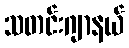
သတင်းဂျာနယ်